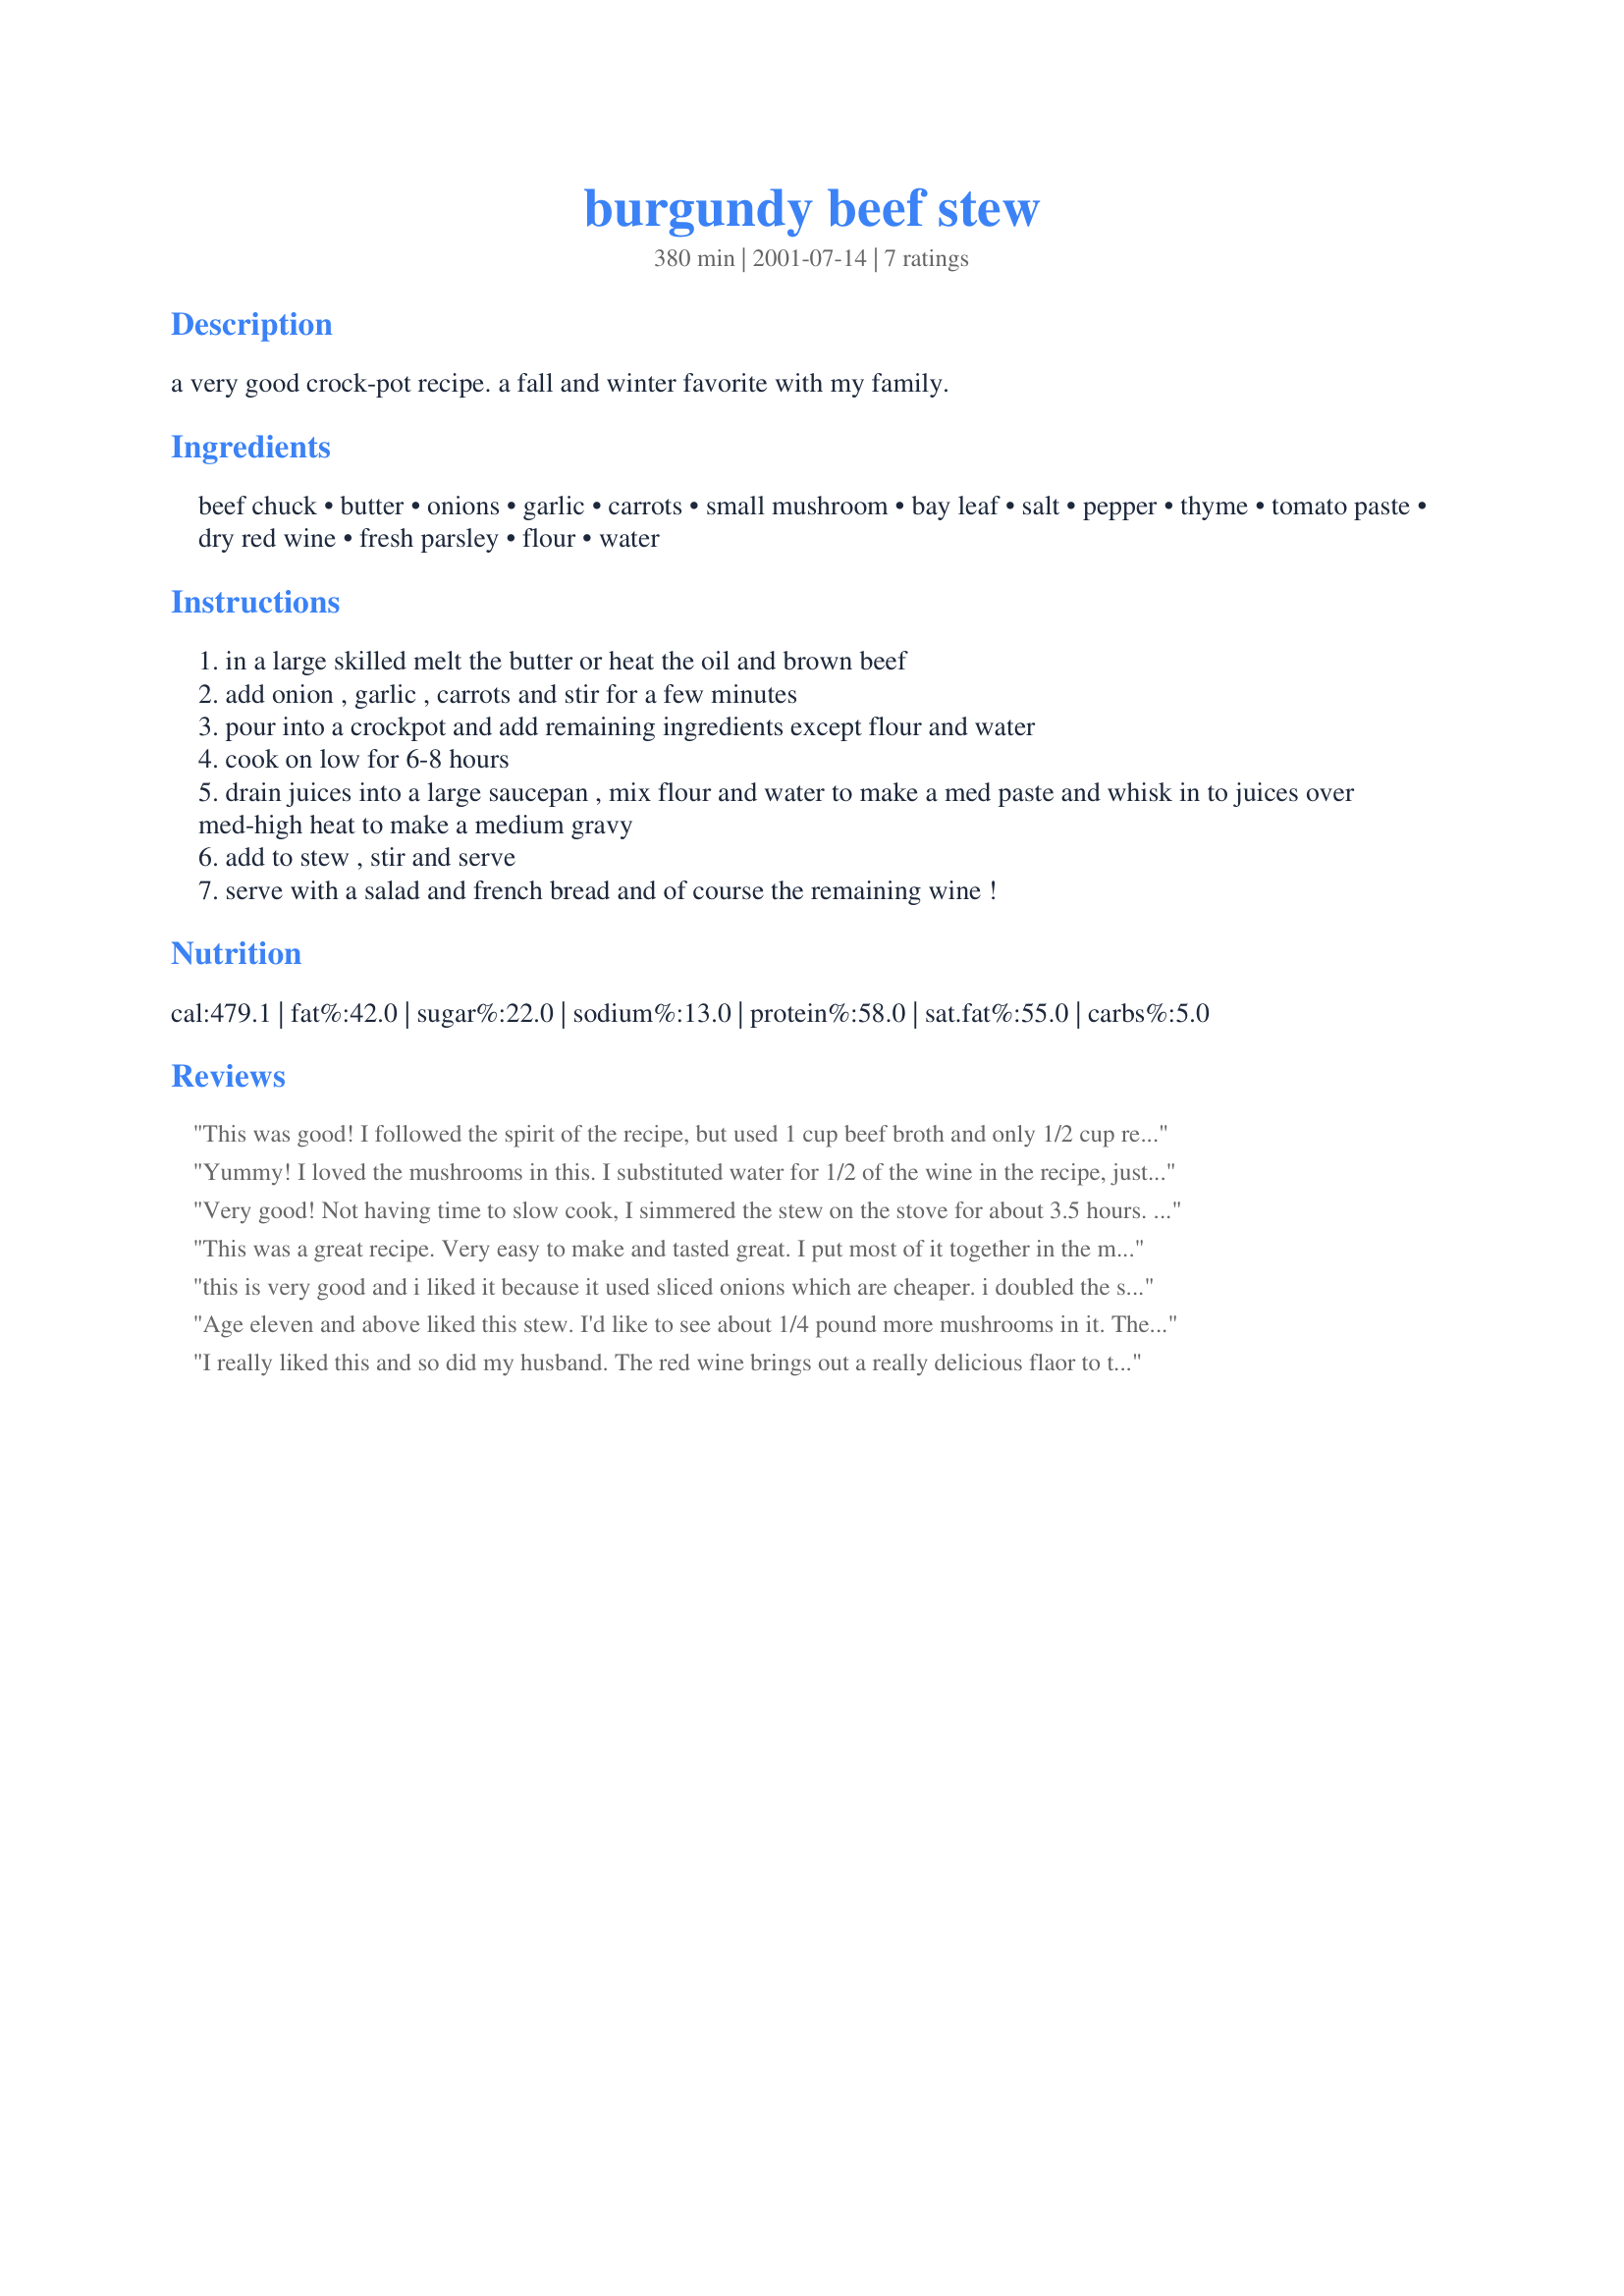
burgundy beef stew
Preparation time: 380 minutes

a very good crock-pot recipe. a fall and winter favorite with my family.

Ingredients:
beef chuck, butter, onions, garlic, carrots, small mushroom, bay leaf, salt, pepper, thyme, tomato paste, dry red wine, fresh parsley, flour, water

Steps:
in a large skilled melt the butter or heat the oil and brown beef
add onion , garlic , carrots and stir for a few minutes
pour into a crockpot and add remaining ingredients except flour and water
cook on low for 6-8 hours
drain juices into a large saucepan , mix flour and water to make a med paste and whisk in to juices over med-high heat to make a medium gravy
add to stew , stir and serve
serve with a salad and french bread and of course the remaining wine !

Reviews:
This was good! I followed the spirit of the recipe, but used 1 cup beef broth and only 1/2 cup red wine. Next time I'd use 3/4 cup of each. Also, I used canned mushrooms since those were all I had on hand, and I didn't do the flour gravy, but just left the au jus. The flavor was really good and my whole family liked it. Thanks!
Yummy! I loved the mushrooms in this. I substituted water for 1/2 of the wine in the recipe, just in case the flavor was too strong for the younger tastebuds in our house; otherwise, recipe was made as directed. This has a nice smell and flavor, and I will probably make again, but next time I will add more garlic and mushrooms. :)
Very good! Not having time to slow cook, I simmered the stew on the stove for about 3.5 hours. Could have left it on longer. The meat was still tender and the flavor of the stew was very good. I did add potatoes and 2 cups of beef stock, as the wine was not enough to cover the stew in my pot. Next time, I will slow cook!
This was a great recipe. Very easy to make and tasted great. I put most of it together in the morning before work, then finished it off when I got home.

I added a lot more veg to the recipe just to fill it out a bit more.

I served mine in roasted capsicums topped with rice and pistachio nuts for something different.
this is very good and i liked it because it used sliced onions which are cheaper. i doubled the spices and my culinarily challenged girlfriend said it was yummy but different? HTH
Age eleven and above liked this stew. I'd like to see about 1/4 pound more mushrooms in it. The beef just melted in your mouth. Next time I fix this I'll try 1/2 cup less of the wine because our 7 year old son did not care for the taste of the wine.
I really liked this and so did my husband. The red wine brings out a really delicious flaor to the meat. The only difference I made was in the gravy. I typically use corn starch to thinken my gravy (something my mom taught me). So I didn't use the flour.
